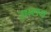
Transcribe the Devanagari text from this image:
सन्लय